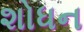
શોધન